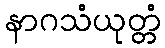
နာဂသံယုတ္တံ